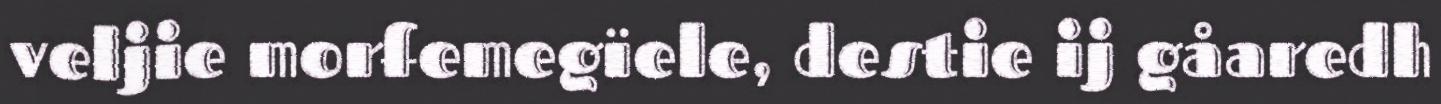
veljie morfemegïele, destie ij gåaredh